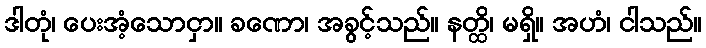
ဒါတုံ၊ ပေးအံ့သောငှာ။ ခဏော၊ အခွင့်သည်။ နတ္ထိ၊ မရှိ။ အဟံ၊ ငါသည်။